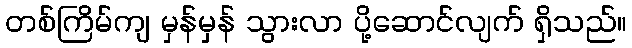
တစ်ကြိမ်ကျ မှန်မှန် သွားလာ ပို့ဆောင်လျက် ရှိသည်။